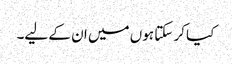
کیا کر سکتا ہوں میں ان کے لیے۔